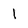
Character: 1